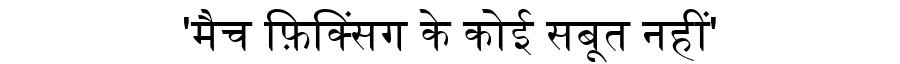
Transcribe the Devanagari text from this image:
'मैच फ़िक्सिंग के कोई सबूत नहीं'